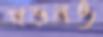
গড়নও